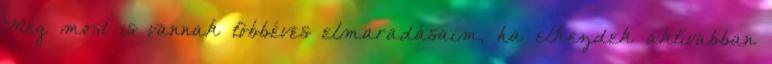
Még most is vannak többéves elmaradásaim, ha elkezdek aktívabban